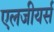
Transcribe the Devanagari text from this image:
एलजीयर्स